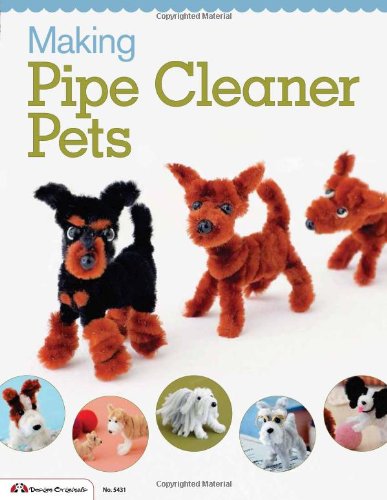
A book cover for Making Pipe Cleaner Pets (Design Originals); Boutique-Sha Of Japan; Crafts, Hobbies & Home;